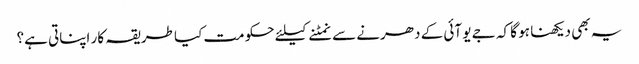
یہ بھی دیکھنا ہو گا کہ جے یو آئی کے دھرنے سے نمٹنے کیلئے حکومت کیا طریقہ کار اپناتی ہے؟